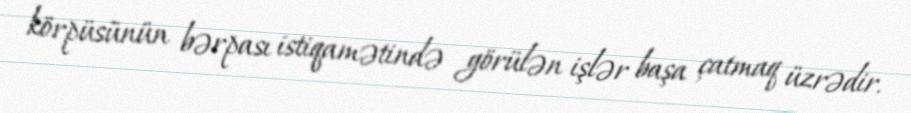
körpüsünün bərpası istiqamətində görülən işlər başa çatmaq üzrədir.